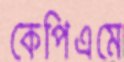
কেপিএমে